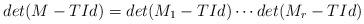
LaTeX: \begin{align*}det(M - TId) = det(M_1 - TId) \cdots det(M_r - TId)\end{align*}